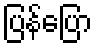
ပြန်ပြော